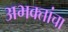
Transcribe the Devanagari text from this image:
अभक्तांचा